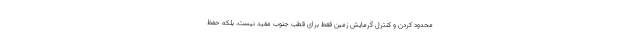
محدود کردن و کنترل گرمایش زمین فقط برای قطب جنوب مفید نیست، بلکه حفظ